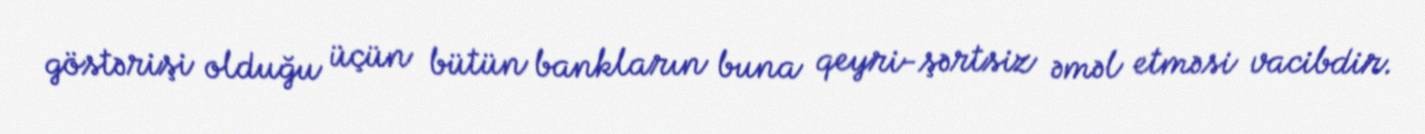
göstərişi olduğu üçün bütün bankların buna qeyri-şərtsiz əməl etməsi vacibdir.